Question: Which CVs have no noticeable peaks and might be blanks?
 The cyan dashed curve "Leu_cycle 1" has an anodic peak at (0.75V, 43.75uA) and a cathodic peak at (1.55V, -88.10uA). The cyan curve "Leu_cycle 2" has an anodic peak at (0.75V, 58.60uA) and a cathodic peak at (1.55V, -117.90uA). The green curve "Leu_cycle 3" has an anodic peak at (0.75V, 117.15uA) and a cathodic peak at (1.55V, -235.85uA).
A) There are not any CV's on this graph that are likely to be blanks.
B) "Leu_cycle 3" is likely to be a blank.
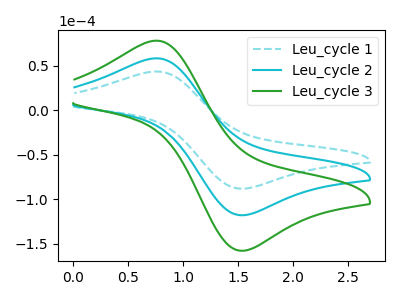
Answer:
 <answer>A) There are not any CV's on this graph that are likely to be blanks.</answer>
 <eval>A</eval>